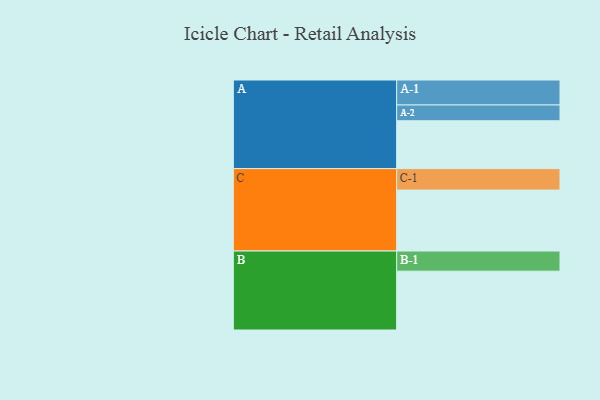
{"axis": {"x": "Segment", "y": "Value"}, "legend": ["", "A", "B", "C"], "data": [{"x": "A", "y": 318, "type": ""}, {"x": "B", "y": 391, "type": ""}, {"x": "C", "y": 405, "type": ""}, {"x": "A-1", "y": 166, "type": "A"}, {"x": "A-2", "y": 105, "type": "A"}, {"x": "B-1", "y": 134, "type": "B"}, {"x": "C-1", "y": 143, "type": "C"}]}